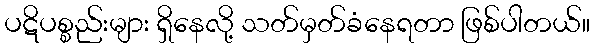
ပဋိပစ္စည်းများ ရှိနေလို့ သတ်မှတ်ခံနေရတာ ဖြစ်ပါတယ်။